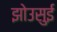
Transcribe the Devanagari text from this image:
झोउसुई